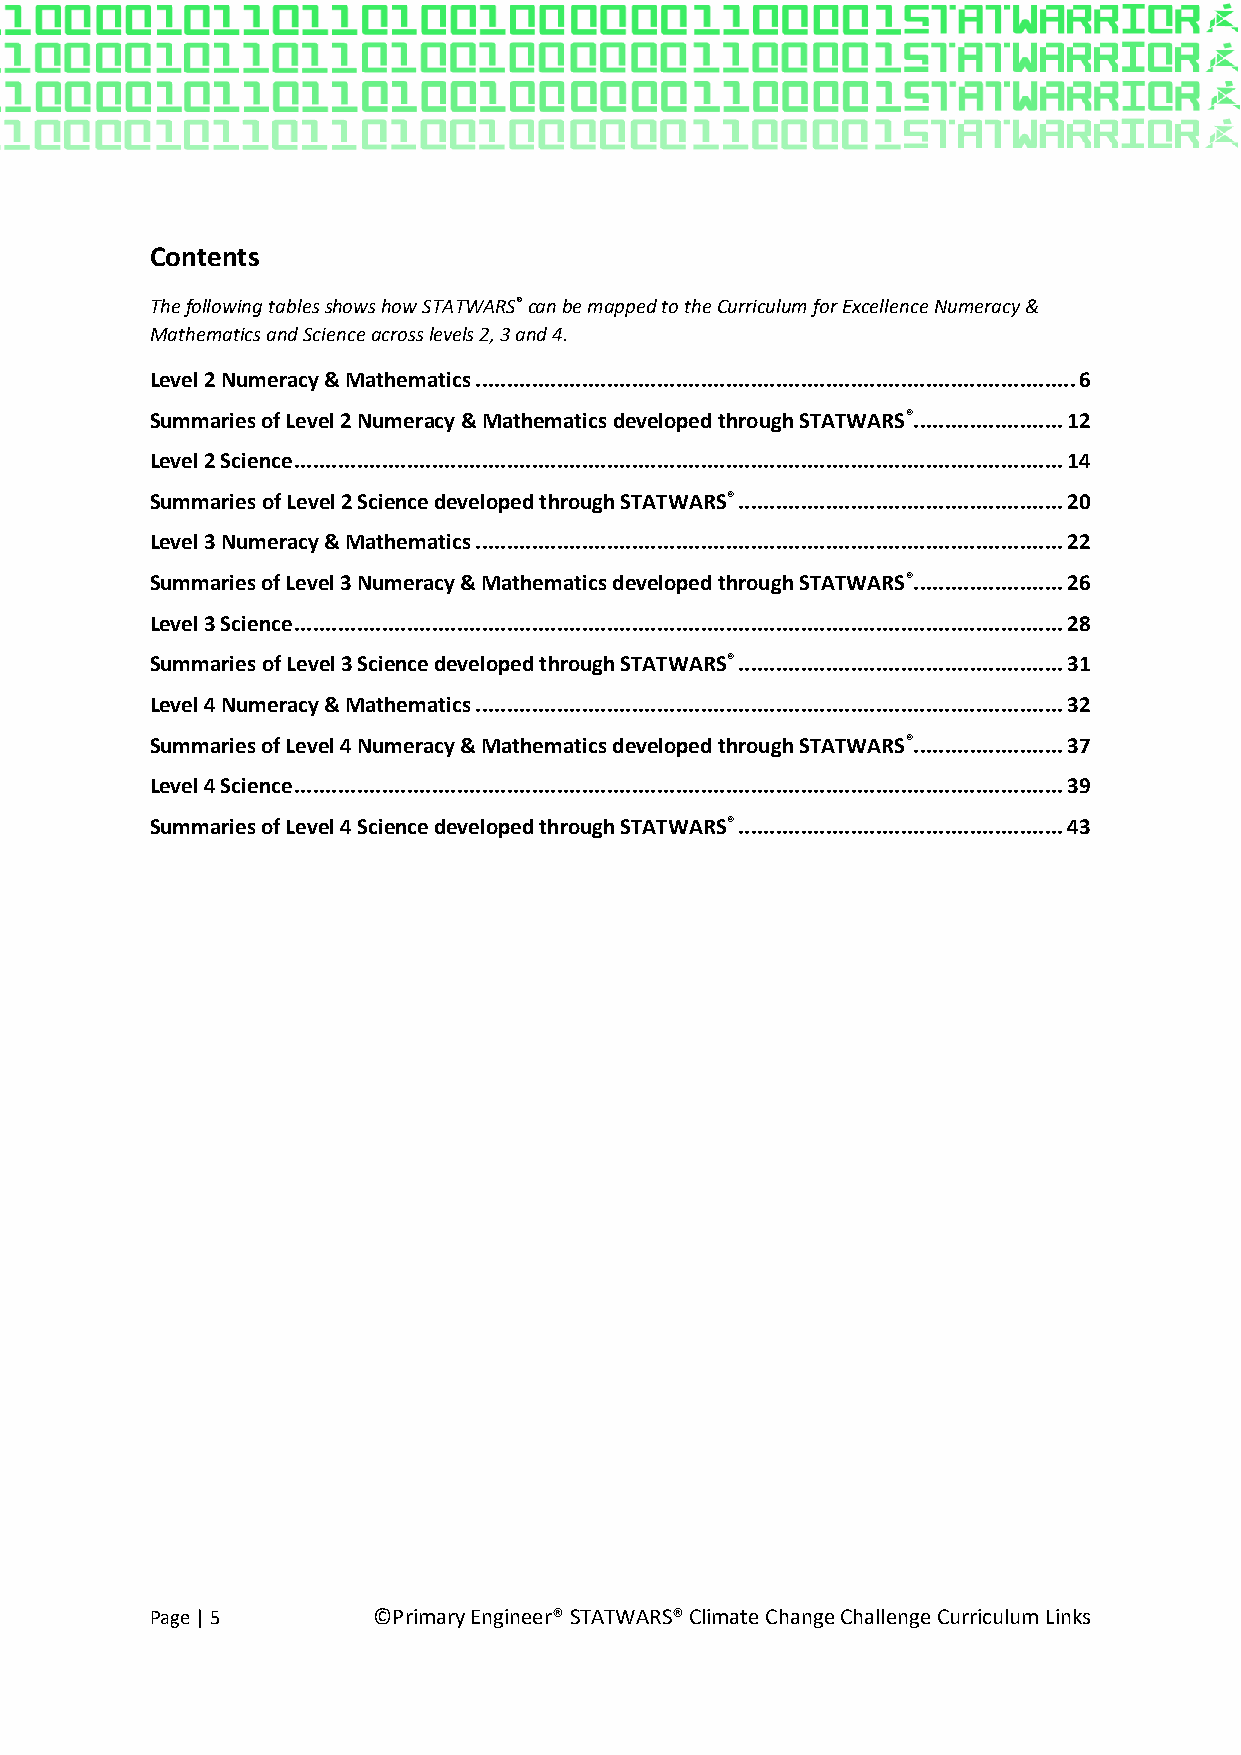
Contents
 The following tables shows how STATWARS® can be mapped to the Curriculum for Excellence Numeracy &
 Mathematics and Science across levels 2, 3 and 4.
 Level 2 Numeracy & Mathematics ................................................................................................ 6
 Summaries of Level 2 Numeracy & Mathematics developed through STATWARS® ........................ 12
 Level 2 Science ........................................................................................................................... 14
 Summaries of Level 2 Science developed through STATWARS® .................................................... 20
 Level 3 Numeracy & Mathematics .............................................................................................. 22
 Summaries of Level 3 Numeracy & Mathematics developed through STATWARS® ........................ 26
 Level 3 Science ........................................................................................................................... 28
 Summaries of Level 3 Science developed through STATWARS® .................................................... 31
 Level 4 Numeracy & Mathematics .............................................................................................. 32
 Summaries of Level 4 Numeracy & Mathematics developed through STATWARS® ........................ 37
 Level 4 Science ........................................................................................................................... 39
 Summaries of Level 4 Science developed through STATWARS® .................................................... 43
 Page | 5       ©Primary Engineer® STATWARS® Climate Change Challenge Curriculum Links